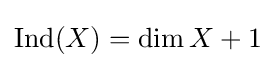
\operatorname {Ind} (X)=\dim X+1